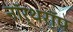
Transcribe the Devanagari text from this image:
नॉर्थरॉप